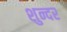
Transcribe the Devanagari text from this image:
शुन्दर